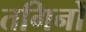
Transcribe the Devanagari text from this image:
तगिनों